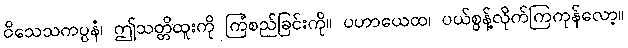
ဝိသေသကပ္ပနံ၊ ဤသတ္တိထူးကို ကြံစည်ခြင်းကို။ ပဟာယေထ၊ ပယ်စွန့်လိုက်ကြကုန်လော့။